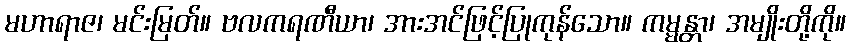
မဟာရာဇ၊ မင်းမြတ်။ ဗလကရဏီယာ၊ အားအင်ဖြင့်ပြုကုန်သော။ ကမ္မန္တာ၊ အမျိုးတို့ကို။